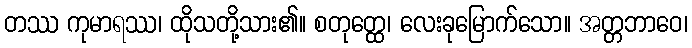
တဿ ကုမာရဿ၊ ထိုသတို့သား၏။ စတုတ္ထေ၊ လေးခုမြောက်သော။ အတ္တဘာဝေ၊